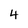
Character: 4